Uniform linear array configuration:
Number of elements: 8
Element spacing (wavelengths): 0.25
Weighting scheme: uniform
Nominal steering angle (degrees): -60
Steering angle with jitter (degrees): -60.043
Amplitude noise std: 0.05
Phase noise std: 0.05

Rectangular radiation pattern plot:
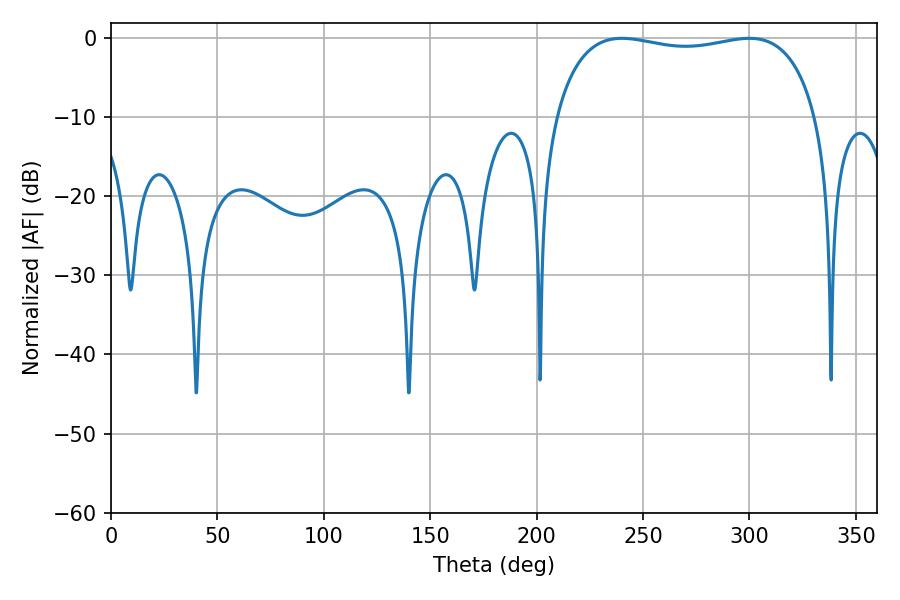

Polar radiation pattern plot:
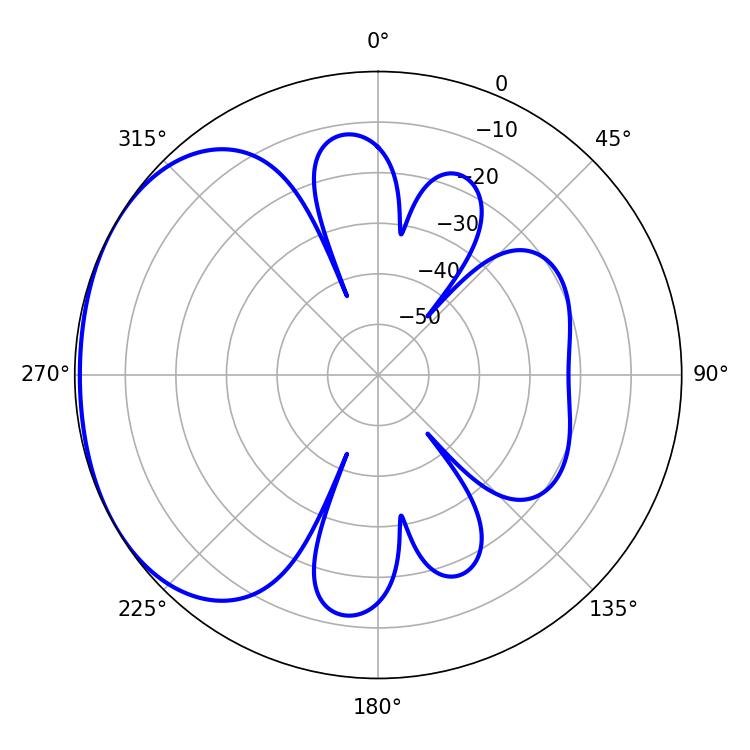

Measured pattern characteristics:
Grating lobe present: FALSE
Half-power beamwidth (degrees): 99.72
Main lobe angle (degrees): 240.12